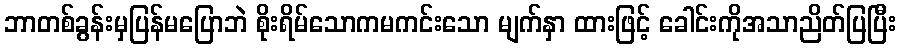
ဘာတစ်ခွန်းမှပြန်မပြောဘဲ စိုးရိမ်သောကမကင်းသော မျက်နှာ ထားဖြင့် ခေါင်းကိုအသာညိတ်ပြပြီး